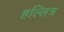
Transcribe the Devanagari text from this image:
हल्लित्र